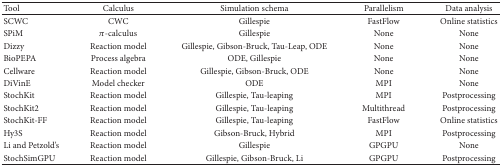
| Tool | Calculus | Simulation schema | Parallelism | Data analysis |
 | --- | --- | --- | --- | --- |
 | SCWC | CWC | Gillespie | FastFlow | Online statistics |
 | SPiM | π-calculus | Gillespie | None | None |
 | Dizzy | Reaction model | Gillespie, Gibson-Bruck, Tau-Leap, ODE | None | None |
 | BioPEPA | Process algebra | ODE, Gillespie | None | None |
 | Cellware | Reaction model | Gillespie, Gibson-Bruck, ODE | None | None |
 | DiVinE | Model checker | ODE | MPI | None |
 | StochKit | Reaction model | Gillespie, Tau-leaping | MPI | Postprocessing |
 | StochKit2 | Reaction model | Gillespie, Tau-leaping | Multithread | Postprocessing |
 | StochKit-FF | Reaction model | Gillespie, Tau-leaping | FastFlow | Online statistics |
 | Hy3S | Reaction model | Gibson-Bruck, Hybrid | MPI | Postprocessing |
 | Li and Petzold's | Reaction model | Gillespie | GPGPU | None |
 | StochSimGPU | Reaction model | Gillespie, Gibson-Bruck, Li | GPGPU | Postprocessing |